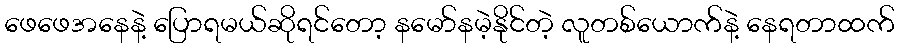
ဖေဖေအနေနဲ့ ပြောရမယ်ဆိုရင်တော့ နမော်နမဲ့နိုင်တဲ့ လူတစ်ယောက်နဲ့ နေရတာထက်